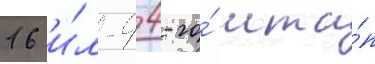
16 и́л-4 4-го́ мта́п